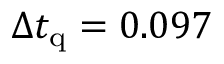
\Delta t _ { \mathrm { q } } = 0 . 0 9 7